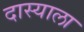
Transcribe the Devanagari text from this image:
दास्याला